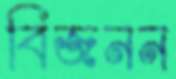
বিজনন